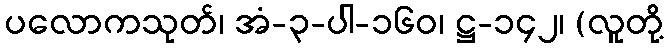
ပလောကသုတ်၊ အံ-၃-ပါ-၁၆၀၊ ဋ္ဌ-၁၄၂၊ (လူတို့